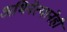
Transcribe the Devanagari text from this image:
अभिनेत्यानेही